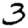
Digit: 3